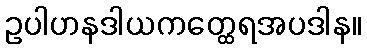
ဥပါဟနဒါယကတ္ထေရအပဒါန။